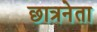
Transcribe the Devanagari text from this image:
छात्रनेता